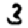
Digit: 3